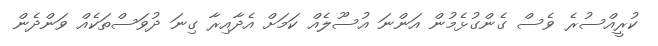
ކުރީއްސުރެ ވެސް ގެންގުޅެމުން އަންނަ އުސޫލެއް ކަމަށް އެދާއިރާ ގިނަ ދުވަސްތަކެއް ވަންދެން